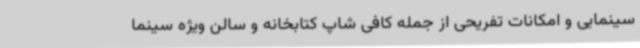
سینمایی و امکانات تفریحی از جمله کافی شاپ کتابخانه و سالن ویژه سینما